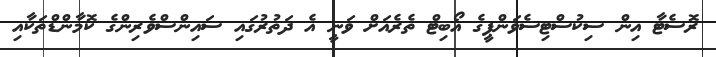
ރޮސެޓާ އިން ސިކުސްޓިސެވަންޕީގެ އޯބިޓް ތެރެއަށް ވަނީ އެ ދަތުރުގައި ސައިންސްވެރިންގެ ކޮމާންޑްތަކާއި